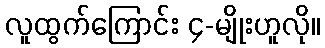
လူထွက်ကြောင်း ၄-မျိုးဟူလို။